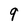
Character: 9